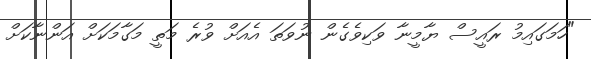
"ހަމަގައިމު ރައީސް ޔާމީނާ ވަކިވެގެން ނުވަތަ އެއަށް ވުރެ މަތީ މަގާމަކަށް އަންނާކަށް